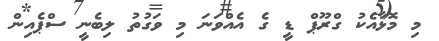
މި މޮޅާއެކު ގްރޫޕް ޑީ ގެ އެއްވަނަ މި ވަގުތު ލިބެނީ ސްޕެއިން